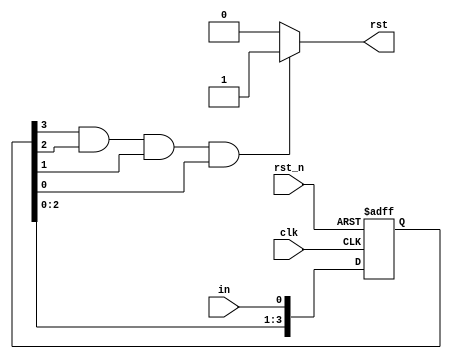
`timescale 1ns / 1ps

module shift_register(
    rst,
    in,
    clk,
    rst_n
);
output rst;
input in;
input clk, rst_n;
reg rst;
reg [3:0] q; 

always @*
    if (q[3] == 1'b1 && q[2] == 1'b1 && q[1] == 1'b1 && q[0] == 1'b1)
        rst = 1'b1;
    else
        rst = 1'b0;

always @(posedge clk or negedge rst_n)
    if (~rst_n)
        q <= 4'b0000;
    else begin
        q[0] <= in;
        q[1] <= q[0];
        q[2] <= q[1];
        q[3] <= q[2];
    end

endmodule